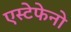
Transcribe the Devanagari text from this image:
एस्टेफेनो